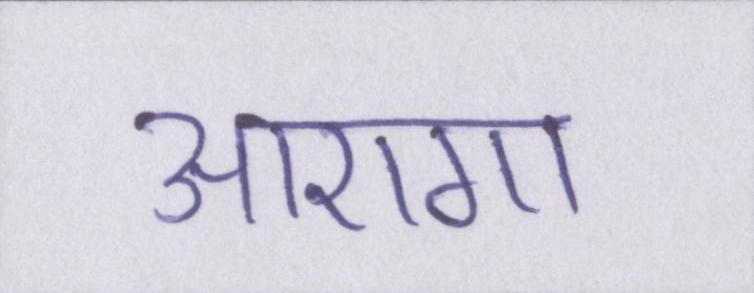
आएगा